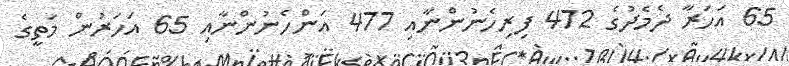
65 އަހަރާ ދެމެދުގެ 472 ފިރިހެނުންނާއި 477 އަންހެނުންނާއި 65 އަހަރުން މަތީގެ